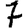
Digit: 7